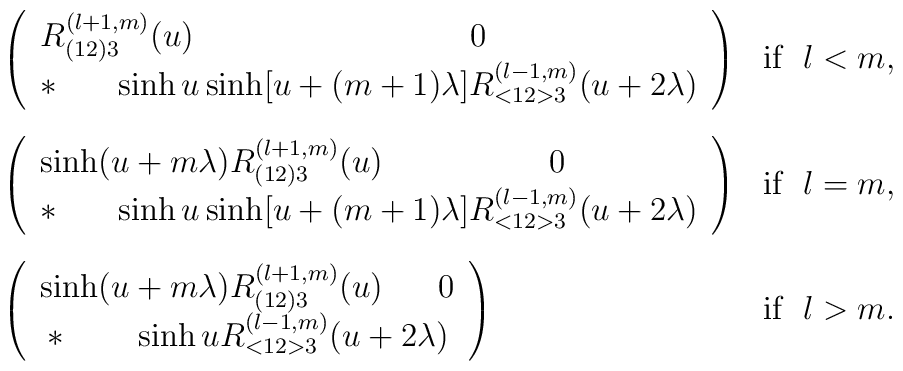
\begin{array}{ll} \left( \begin{array} {l} R_{(12) 3}^{(l+1,m)}(u) \hspace{100pt} 0\\   {*} \hspace{20pt} \sinh u \sinh[u+ (m+1)\lambda]R_{<12> 3}^{(l-1,m)}(u+2\lambda) \end{array} \right) &{\rm if}\;\; l<m,\\[20pt]\left( \begin{array} {l}\sinh(u+m\lambda) R_{(12) 3}^{(l+1,m)}(u)     \hspace{60pt} 0\\   {*} \hspace{20pt} \sinh u \sinh[u+ (m+1)\lambda]R_{<12> 3}^{(l-1,m)}(u+2\lambda) \end{array} \right) &{\rm if}\;\; l=m,\\[20pt] \left( \begin{array} {c}\sinh(u+m\lambda) R_{(12) 3}^{(l+1,m)}(u)    \hspace{20pt} 0 \\   {*} \hspace{25pt} \sinh u R_{<12> 3}^{(l-1,m)}(u+2\lambda) \end{array}  \right) & {\rm if} \;\; l>m.\end{array}